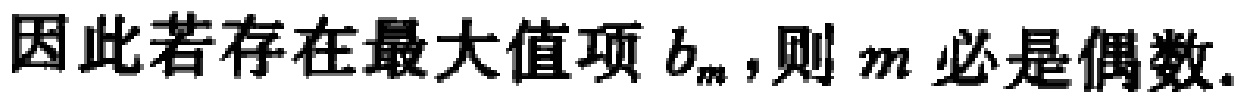
因此若存在最大值项 \(b_{m}\)，则 \(m\) 必是偶数.